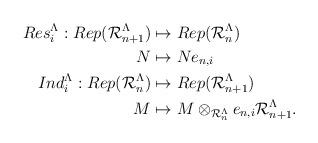
LaTeX: \begin{align*}\begin{aligned}Res_i^{\Lambda}:Rep(\mathcal{R}_{n+1}^{\Lambda}) &\mapsto Rep(\mathcal{R}_{n}^{\Lambda}) \\N&\mapsto Ne_{n,i}\\Ind_i^{\Lambda}:Rep(\mathcal{R}_{n}^{\Lambda}) &\mapsto Rep(\mathcal{R}_{n+1}^{\Lambda})\\M&\mapsto M\otimes_{\mathcal{R}_{n}^{\Lambda}} e_{n,i}\mathcal{R}_{n+1}^{\Lambda}. \end{aligned}\end{align*}